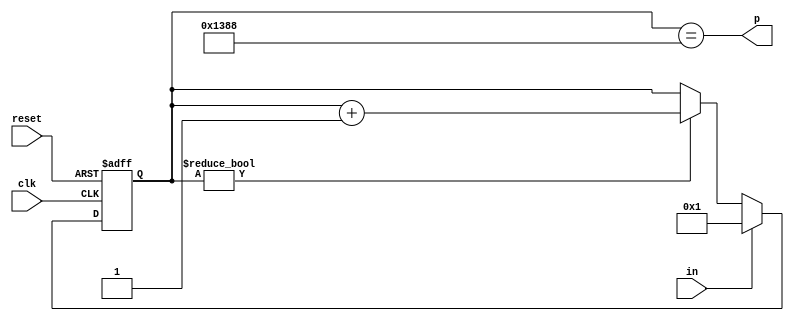
module dly100us(input clk, input reset, input in, output p);
	reg [13-1:0] r;
	always @(posedge clk or posedge reset) begin
		if(reset)
			r <= 0;
		else begin
			if(r)
				r <= r + 13'b1;
			if(in)
				r <= 1;
		end
	end
	assign p = r == 5000;
endmodule